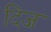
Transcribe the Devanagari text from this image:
दिज